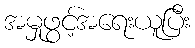
အမှုဖွင့်အရေးယူပြီး